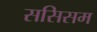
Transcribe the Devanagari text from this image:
ससिसम